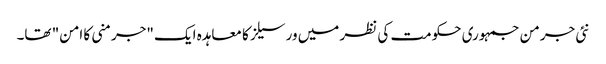
نئی جرمن جمہوری حکومت کی نظر میں ورسیلز کا معاہدہ ایک "جرمنی کا امن" تھا۔